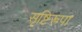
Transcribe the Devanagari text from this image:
सृष्टिरूपा